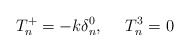
\begin{align*}T^+_n=-k \delta^0_n, \ \ \ \ T^3_n=0\end{align*}